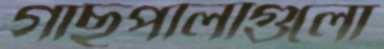
গাছপালাগুলো